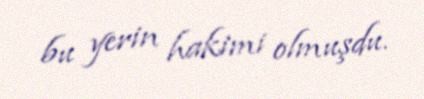
bu yerin hakimi olmuşdu.